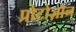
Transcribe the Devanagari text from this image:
प्रोटोज़ोन